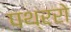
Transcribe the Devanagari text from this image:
पथ्ररो